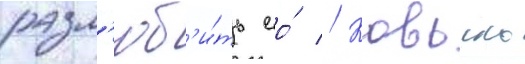
разл'юб'и́ть ео́ // Ковьель